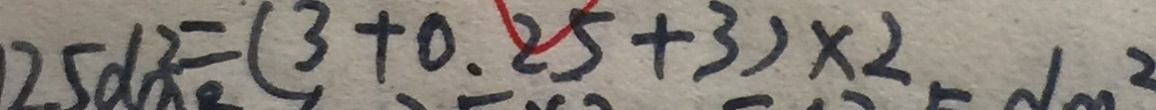
2 5 d m ^ { 2 } = ( 3 + 0 . 2 5 + 3 ) \times 2